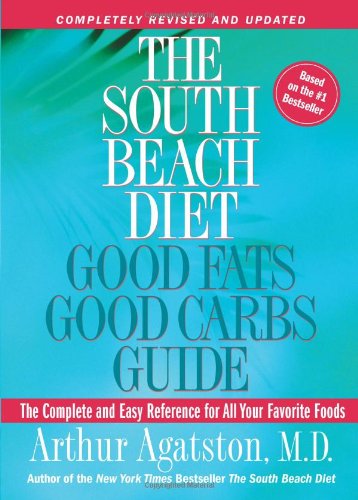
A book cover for The South Beach Diet: Good Fats Good Carbs Guide - The Complete and Easy Reference for All Your Favorite Foods, Revised Edition; Arthur Agatston; Cookbooks, Food & Wine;